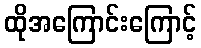
ထိုအကြောင်းကြောင့်